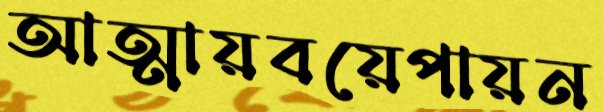
আত্মায়বয়েপায়ন